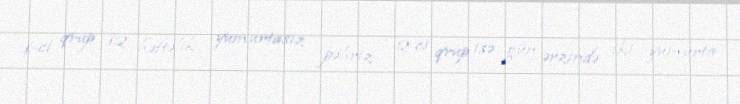
1-ci qrup 12 həftəlik yumurtasız pəhriz , 2-ci qrup isə gün ərzində iki yumurta